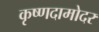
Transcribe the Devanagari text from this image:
कृष्णदामोदर